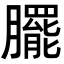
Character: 𭩓